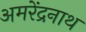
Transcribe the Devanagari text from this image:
अमरेंद्रनाथ